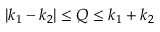
{ | k _ { 1 } - k _ { 2 } | } \le { Q } \le { k _ { 1 } + k _ { 2 } }